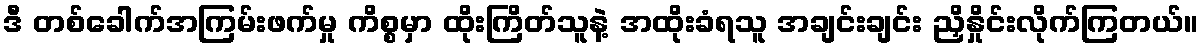
ဒီ တစ်ခေါက်အကြမ်းဖက်မှု ကိစ္စမှာ ထိုးကြိတ်သူနဲ့ အထိုးခံရသူ အချင်းချင်း ညှိနှိုင်းလိုက်ကြတယ်။